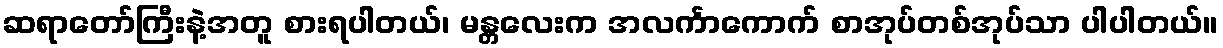
ဆရာတော်ကြီးနဲ့အတူ စားရပါတယ်၊ မန္တလေးက အလင်္ကာကောက် စာအုပ်တစ်အုပ်သာ ပါပါတယ်။